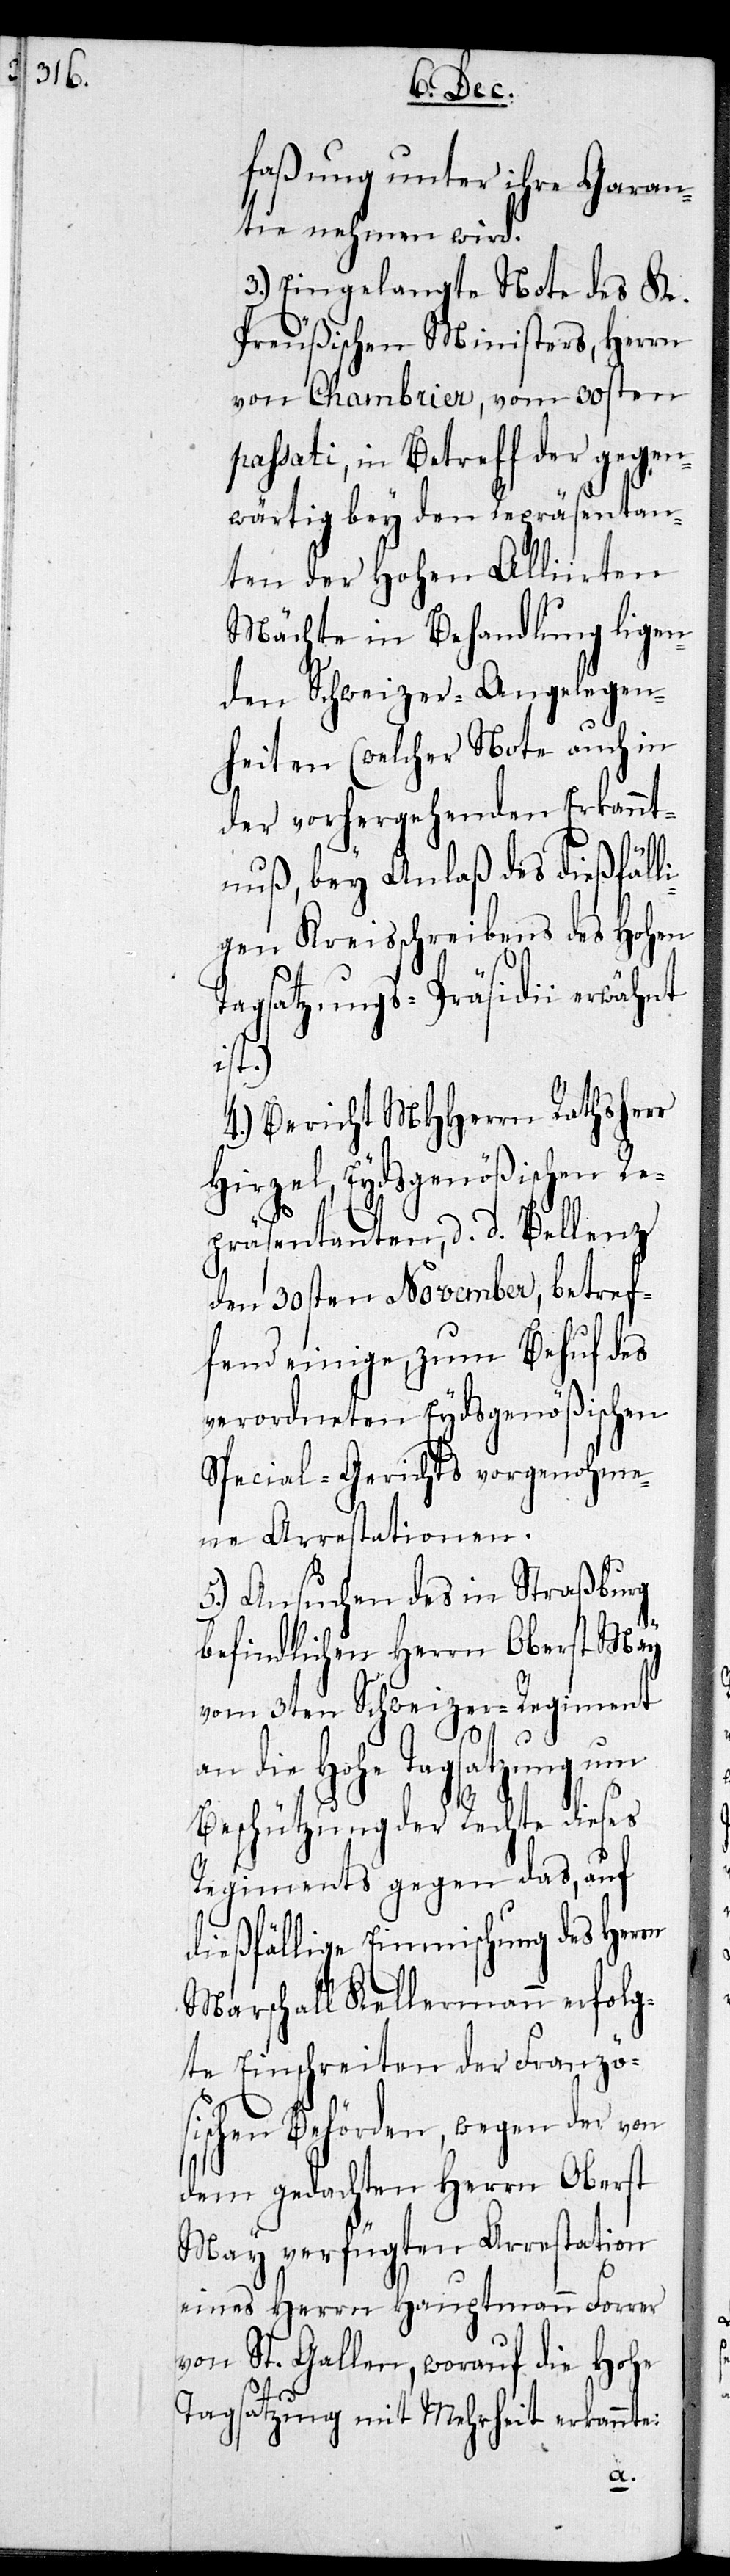
faßung unter ihre Garan¬
tie nehmen wird.
3.) Eingelangte Note des K.
Preußischen Ministers, Herrn
Von Chambrier, vom 30sten
passati, in Betreff der gegen¬
wärtig bey den Repräsentan¬
ten der Hohen Alliirten
Mächte in Behandlung ligen¬
de, Schweizer-Angelegen¬
heiten (welcher Note auch in
der vorhergehenden Erkannt¬
nuß, bey Anlaß des dießfäll¬
igen Kreisschreibens des Hohen
Tagsatzungs-Präsidii erwähnt
ist)
4.) Bericht MHHerrn Rathsherr
Hirzel, Eydsgenößischen Re¬
präsentanten, d. d. Bellenz
den 30sten November, betref¬
fend einige, zum Behuf des
verordneten Eydsgenößischen
Special-Gerichts vorgenohme¬
ne Arrestationen.
5.) Ansuchen des in Straßburg
befindlichen Herrn Oberst May
vom 3ten Schweizer-Regiment
die Hohe Tagsatzung um
Beschützung der Rechte dieses
Regiments gegen das, auf
dießfällige Einmischung des Herrn
Marschall Kellermann erfolg¬
te Einschreiten der Französ¬
ischen Behörden, wegen der von
dem gedachten Herrn Oberst
May verfügten Arrestation
eines Herrn Hauptmann Forrer
von St. Gallen, worauf die Hohe
Tagsatzung mit Mehrheit erkannte: